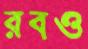
রবও